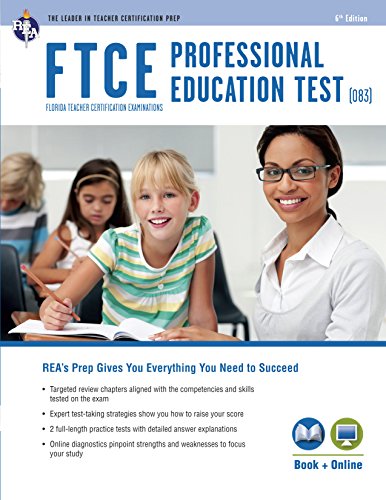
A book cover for FTCE Professional Ed (083) Book + Online (FTCE Teacher Certification Test Prep); Dr. Erin Mander PhD; Test Preparation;